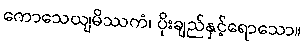
ကောသေယျမိဿကံ၊ ပိုးချည်နှင့်ရောသော။